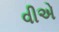
વીએ